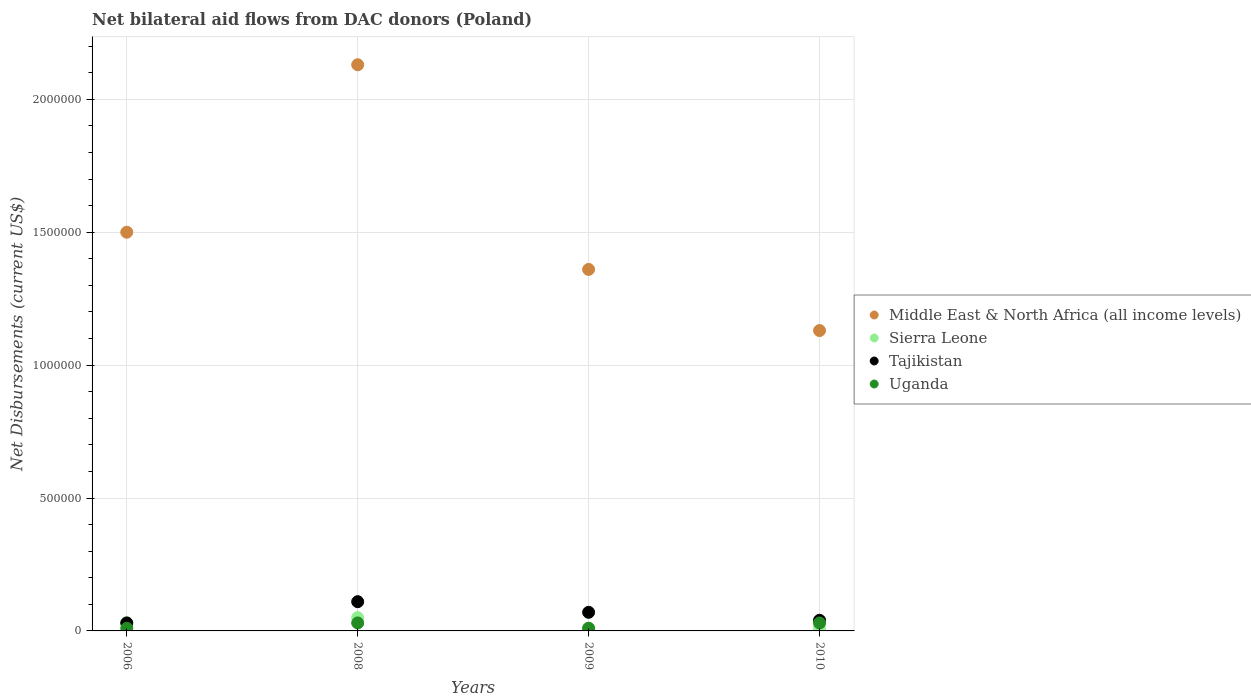
| Years | Middle East & North Africa (all income levels) | Sierra Leone | Tajikistan | Uganda |
 | --- | --- | --- | --- | --- |
 | 2006 | 1.5e+06 | 3e+04 | 3e+04 | 1e+04 |
 | 2008 | 2.13e+06 | 5e+04 | 1.1e+05 | 3e+04 |
 | 2009 | 1.36e+06 | 1e+04 | 7e+04 | 1e+04 |
 | 2010 | 1.13e+06 | 1e+04 | 4e+04 | 3e+04 |